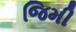
જિમી